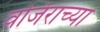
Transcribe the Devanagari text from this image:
वजिराच्या